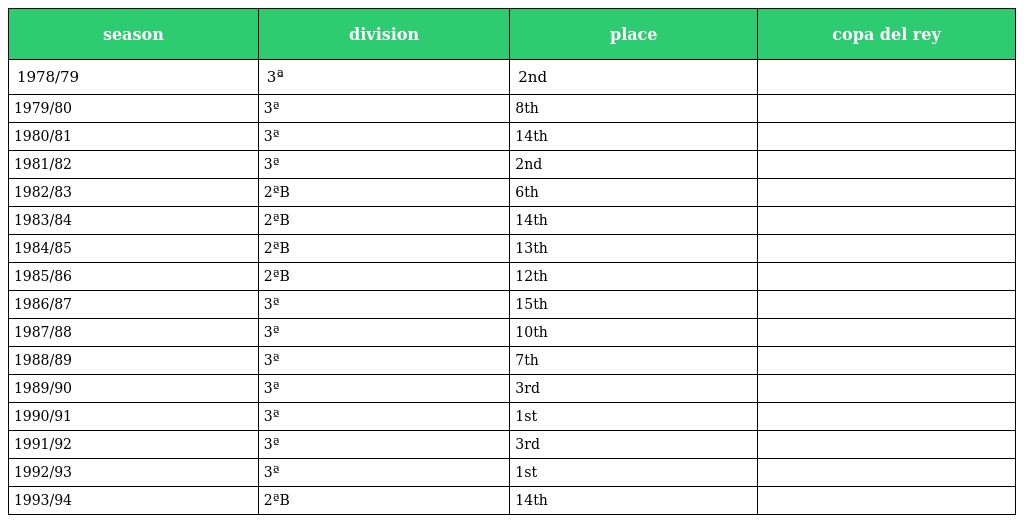
| season | division | place | copa del rey |
 | --- | --- | --- | --- |
 | 1978/79 | 3ª | 2nd |  |
 | 1979/80 | 3ª | 8th |  |
 | 1980/81 | 3ª | 14th |  |
 | 1981/82 | 3ª | 2nd |  |
 | 1982/83 | 2ªB | 6th |  |
 | 1983/84 | 2ªB | 14th |  |
 | 1984/85 | 2ªB | 13th |  |
 | 1985/86 | 2ªB | 12th |  |
 | 1986/87 | 3ª | 15th |  |
 | 1987/88 | 3ª | 10th |  |
 | 1988/89 | 3ª | 7th |  |
 | 1989/90 | 3ª | 3rd |  |
 | 1990/91 | 3ª | 1st |  |
 | 1991/92 | 3ª | 3rd |  |
 | 1992/93 | 3ª | 1st |  |
 | 1993/94 | 2ªB | 14th |  |